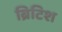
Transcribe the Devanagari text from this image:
ब्रिटिश